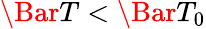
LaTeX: \Bar{T}<\Bar{T}_{0}